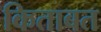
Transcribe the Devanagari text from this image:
किताबत